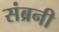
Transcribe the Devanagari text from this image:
संब्रनी